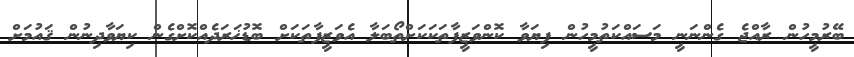
ބޭރުމީހުން ރާއްޖެ ގެންނަނީ މަސައްކަތުމީހުން ފިޔަވާ ކޮންވަޒީފާތަކަކަށްތޯބަލާ އެވަޒީފާތަކަށް ބޮޑުޚަރަދެއްކޮށްގެން ކިޔަވާދިނުން ޤައުމަށް